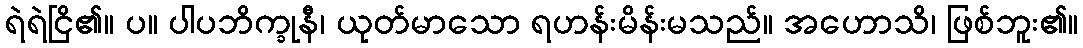
ရဲရဲငြိ၏။ ပ။ ပါပဘိက္ခုနီ၊ ယုတ်မာသော ရဟန်းမိန်းမသည်။ အဟောသိ၊ ဖြစ်ဘူး၏။